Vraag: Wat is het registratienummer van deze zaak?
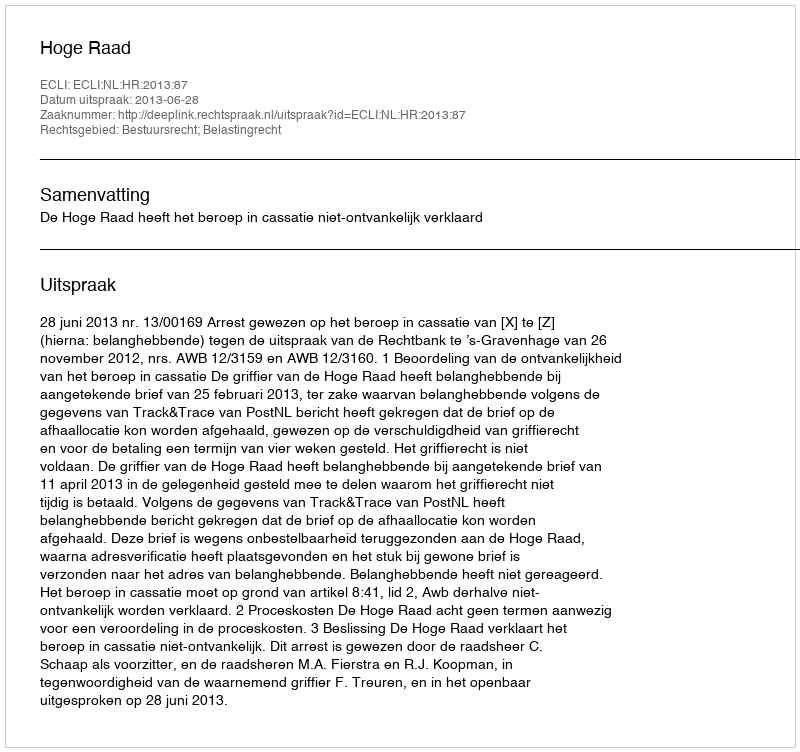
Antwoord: http://deeplink.rechtspraak.nl/uitspraak?id=ECLI:NL:HR:2013:87